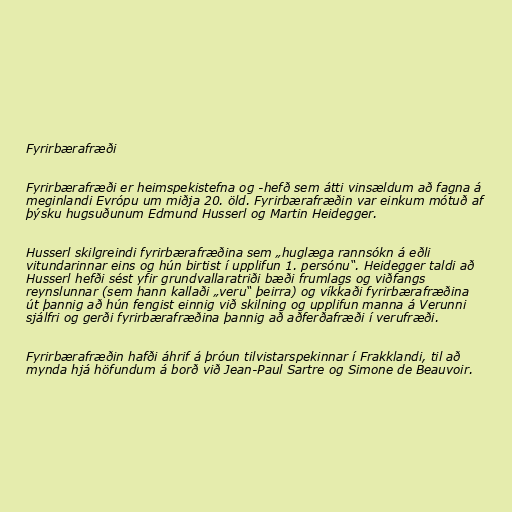
Fyrirbærafræði

Fyrirbærafræði er heimspekistefna og -hefð sem átti vinsældum að fagna á
meginlandi Evrópu um miðja 20. öld. Fyrirbærafræðin var einkum mótuð af
þýsku hugsuðunum Edmund Husserl og Martin Heidegger.

Husserl skilgreindi fyrirbærafræðina sem „huglæga rannsókn á eðli
vitundarinnar eins og hún birtist í upplifun 1. persónu“. Heidegger taldi að
Husserl hefði sést yfir grundvallaratriði bæði frumlags og viðfangs
reynslunnar (sem hann kallaði „veru“ þeirra) og víkkaði fyrirbærafræðina
út þannig að hún fengist einnig við skilning og upplifun manna á Verunni
sjálfri og gerði fyrirbærafræðina þannig að aðferðafræði í verufræði.

Fyrirbærafræðin hafði áhrif á þróun tilvistarspekinnar í Frakklandi, til að
mynda hjá höfundum á borð við Jean-Paul Sartre og Simone de Beauvoir.